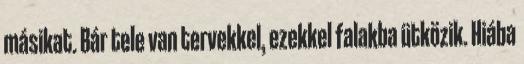
másikat. Bár tele van tervekkel, ezekkel falakba ütközik. Hiába